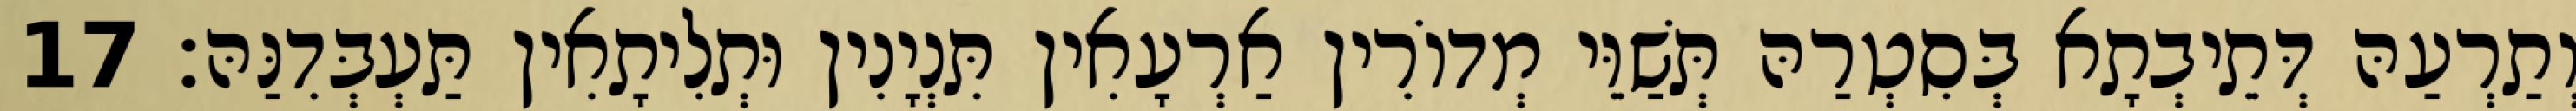
וְתַרְעַהּ דְּתֵיבְתָא בְּסִטְרַהּ תְּשַׁוֵּי מְדוֹרִין אַרְעָאִין תִּנְיָנִין וּתְלִיתָאִין תַּעְבְּדִנַּהּ׃ 17